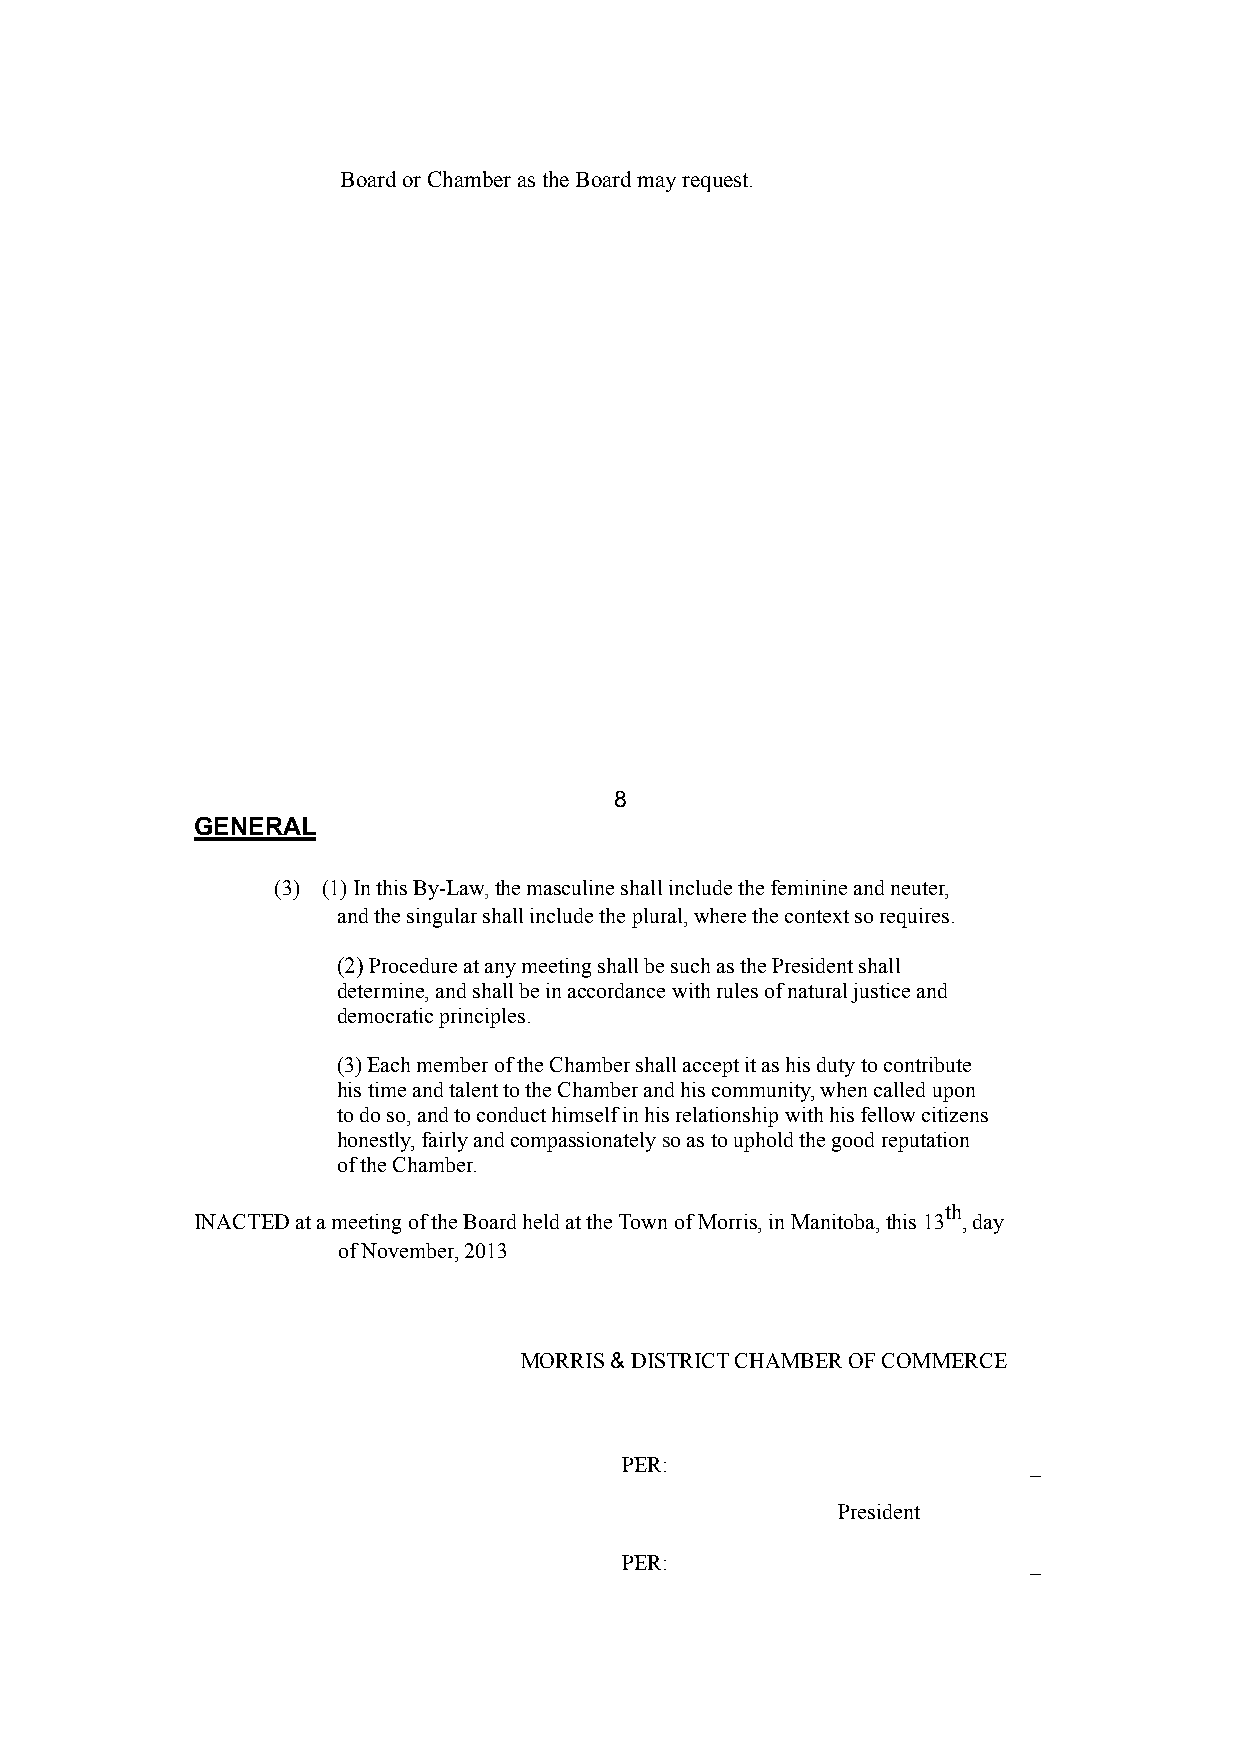
Board or Chamber as the Board may request.
 8
 GENERAL
 (3) (1) In this By-Law, the masculine shall include the feminine and neuter,
 and the singular shall include the plural, where the context so requires.
 (2) Procedure at any meeting shall be such as the President shall
 determine, and shall be in accordance with rules of natural justice and
 democratic principles.
 (3) Each member of the Chamber shall accept it as his duty to contribute
 his time and talent to the Chamber and his community, when called upon
 to do so, and to conduct himself in his relationship with his fellow citizens
 honestly, fairly and compassionately so as to uphold the good reputation
 of the Chamber.
 th
 INACTED at a meeting of the Board held at the Town of Morris, in Manitoba, this 13 , day
 of November, 2013
 MORRIS & DISTRICT CHAMBER OF COMMERCE
 PER:                       _
 President
 PER:                       _